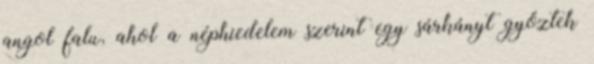
angol falu, ahol a néphiedelem szerint egy sárkányt győztek